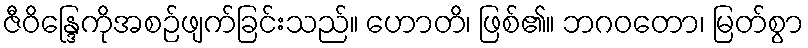
ဇီဝိန္ဒြေကိုအစဉ်ဖျက်ခြင်းသည်။ ဟောတိ၊ ဖြစ်၏။ ဘဂဝတော၊ မြတ်စွာ